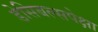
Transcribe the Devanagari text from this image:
डेसिबल्सपेक्षा